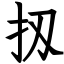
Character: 扨